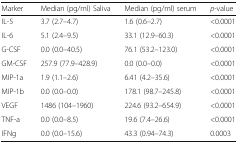
| Marker | Median (pg/ml) Saliva | Median (pg/ml) serum | p-value |
 | --- | --- | --- | --- |
 | IL-5 | 3.7 (2.7–4.7) | 1.6 (0.6–2.7) | <0.0001 |
 | IL-6 | 5.1 (2.4–9.5) | 33.1 (12.9–60.3) | <0.0001 |
 | G-CSF | 0.0 (0.0–40.5) | 76.1 (53.2–123.0) | <0.0001 |
 | GM-CSF | 257.9 (77.9–428.9) | 0.0 (0.0–0.0) | <0.0001 |
 | MIP-1a | 1.9 (1.1–2.6) | 6.41 (4.2–35.6) | <0.0001 |
 | MIP-1b | 0.0 (0.0–0.0) | 178.1 (98.7–245.8) | <0.0001 |
 | VEGF | 1486 (104–1960) | 224.6 (93.2–654.9) | <0.0001 |
 | TNF-a | 0.0 (0.0–8.5) | 19.6 (7.4--26.6) | <0.0001 |
 | IFNg | 0.0 (0.0–15.6) | 43.3 (0.94–74.3) | 0.0003 |